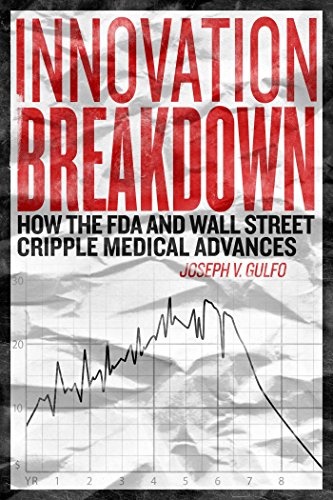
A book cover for Innovation Breakdown: How the FDA and Wall Street Cripple Medical Advances; Joseph V. Gulfo; Business & Money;